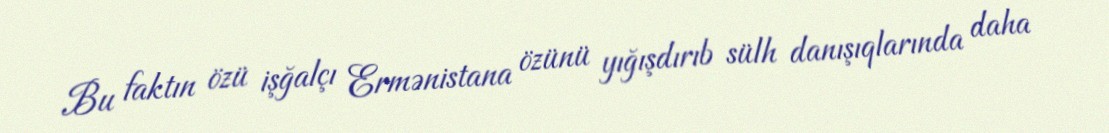
Bu faktın özü işğalçı Ermənistana özünü yığışdırıb sülh danışıqlarında daha